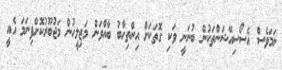
ނަމަވެސް އެސޯސިއޭޝަންތަކުން ބުނަނީ ވަކި ގޮތަކަށް އިންތިހާބު ބާއްވަން މަޖިލީހުން މަޖުބޫރުކޮށްފިނަމަ އެއީ